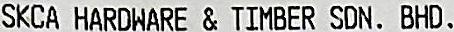
SKCA HARDWARE & TIMBER SDN. BHD.